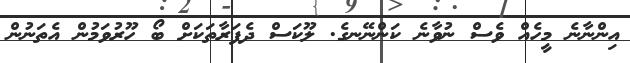
އިންނާނެ މީހެއް ވެސް ނުވާނެ ކަންނޭނގެ. ލޫކަސް ދެފަރާތަކަށް ބޯ ހޫރުވަމުން އެތަނުން